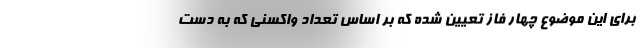
برای این موضوع چهار فاز تعیین شده که بر اساس تعداد واکسنی که به دست